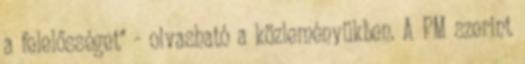
a felelősséget" - olvasható a közleményükben. A PM szerint